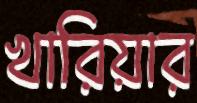
খারিয়ার